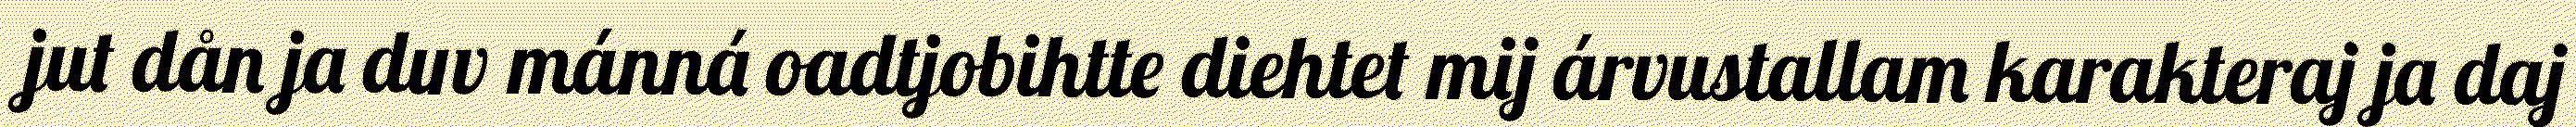
jut dån ja duv mánná oadtjobihtte diehtet mij árvustallam karakteraj ja daj